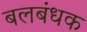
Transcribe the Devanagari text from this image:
बलबंधक